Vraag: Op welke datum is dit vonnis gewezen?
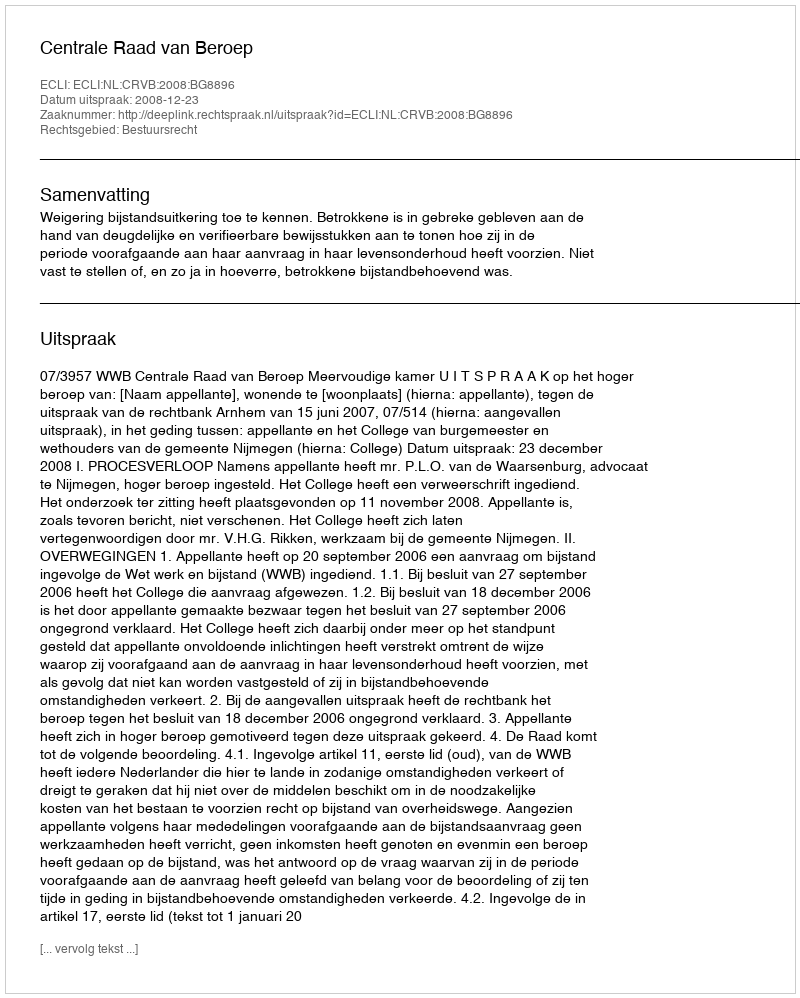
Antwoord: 2008-12-23